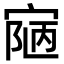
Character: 𡩊